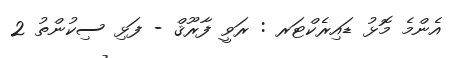
އެންމެ މޮޅު ޑައިރެކްޓަރ : ރަވީ ފާރޫޤް - ފަޅި ސިކުންތު 2